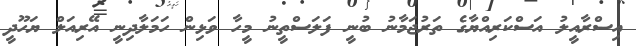
އިސްރާއީލު އަސްކަރިއްޔާގެ ތަރުޖަމާނު ބުނީ ފަލަސްތީނު މީހާ ވަޅިން ހަމަލާދިނީ އޭރިއަލް ޔަހޫދީ